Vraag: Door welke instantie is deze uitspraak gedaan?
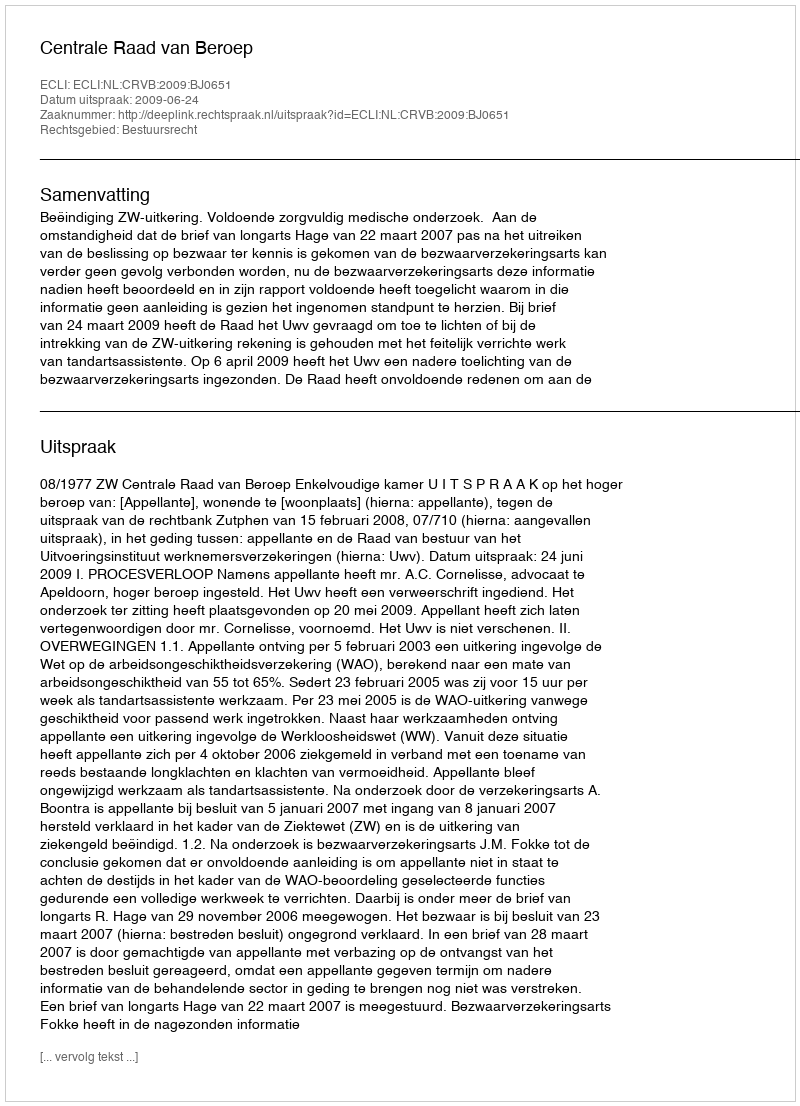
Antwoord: Centrale Raad van Beroep